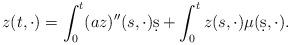
LaTeX: \begin{align*}z(t,\cdot) = \int^t_0 (az)''(s,\cdot)\d s+\int_0^t z(s,\cdot) \mu (\d s,\cdot). \end{align*}